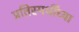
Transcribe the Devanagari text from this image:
प्रतिस्पर्धींच्या